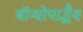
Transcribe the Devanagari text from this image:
बॉन्धोपाद्धैय